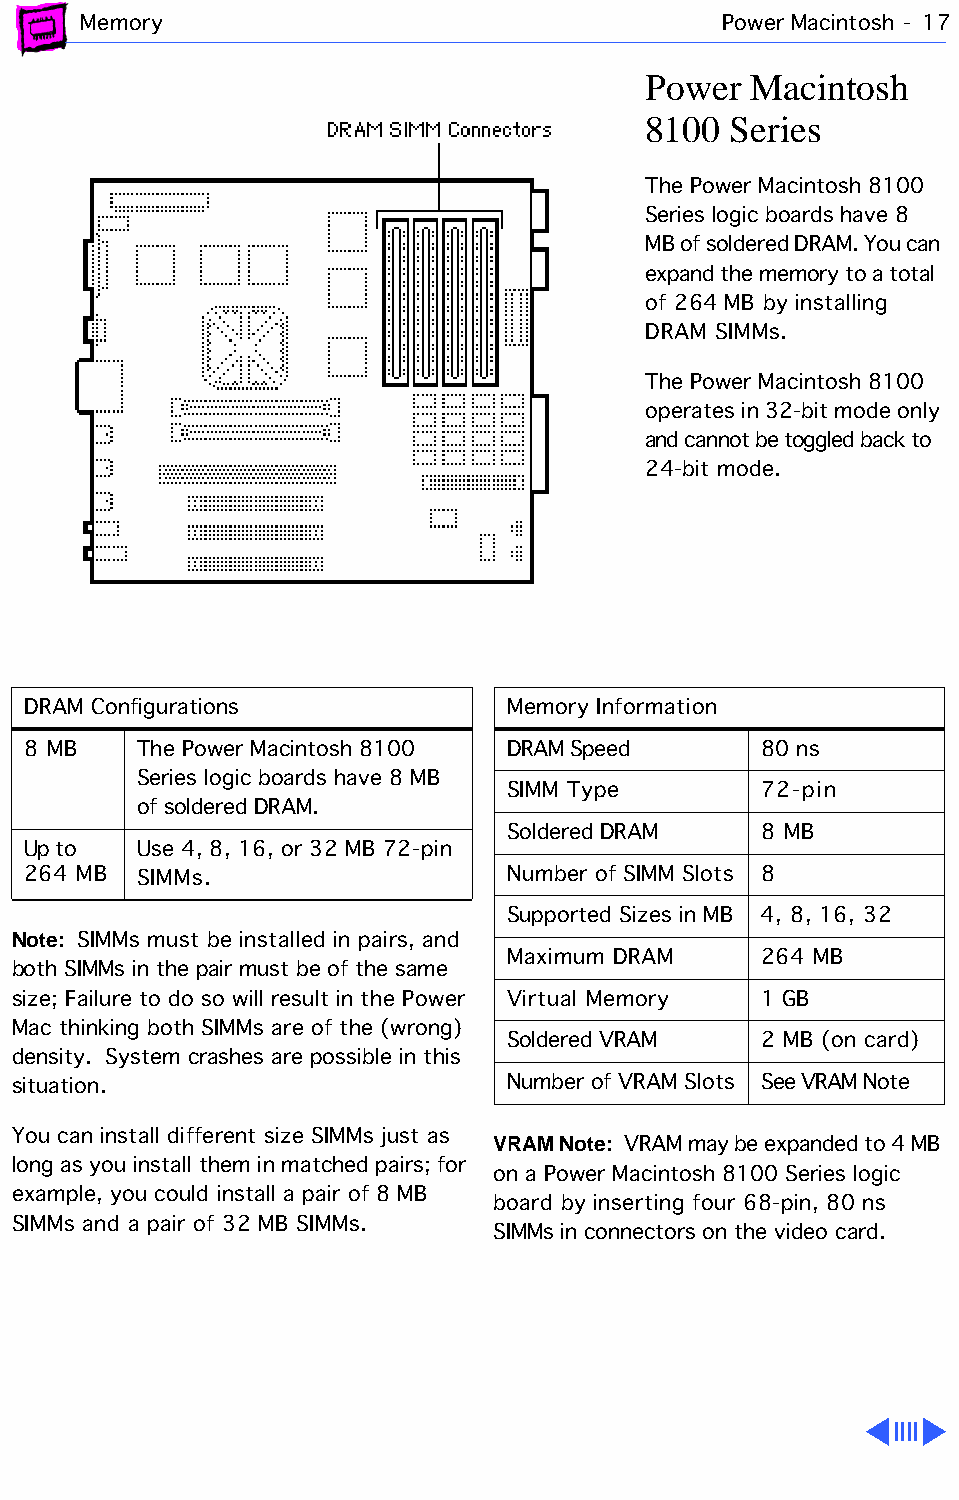
Memory                                    Power Macintosh - 17
 Power  Macintosh
 8100  Series
 The Power Macintosh 8100
 Series logic boards have 8
 MB of soldered DRAM. You can
 expand the memory to a total
 of 264 MB by installing
 DRAM SIMMs.
 The Power Macintosh 8100
 operates in 32-bit mode only
 and cannot be toggled back to
 24-bit mode.
 DRAM Configurations             Memory Information
 8 MB    The Power Macintosh 8100 DRAM Speed      80 ns
 Series logic boards have 8 MB
 SIMM Type        72-pin
 of soldered DRAM.
 Soldered DRAM    8 MB
 Up to   Use 4, 8, 16, or 32 MB 72-pin
 264 MB  SIMMs.                  Number of SIMM Slots 8
 Supported Sizes in MB 4, 8, 16, 32
 Note: SIMMs must be installed in pairs, and
 Maximum DRAM     264 MB
 both SIMMs in the pair must be of the same
 size; Failure to do so will result in the Power Virtual Memory 1 GB
 Mac thinking both SIMMs are of the (wrong)
 Soldered VRAM    2 MB (on card)
 density. System crashes are possible in this
 situation.                       Number of VRAM Slots See VRAM Note
 You can install different size SIMMs just as VRAM Note: VRAM may be expanded to 4 MB
 long as you install them in matched pairs; for
 on a Power Macintosh 8100 Series logic
 example, you could install a pair of 8 MB
 board by inserting four 68-pin, 80 ns
 SIMMs and a pair of 32 MB SIMMs.
 SIMMs in connectors on the video card.